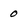
Character: 0